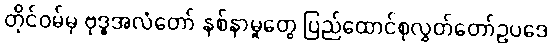
တိုင်ဝမ်မှ ဗုဒ္ဓအလံတော် နစ်နာမှုတွေ ပြည်ထောင်စုလွှတ်တော်ဥပဒေ